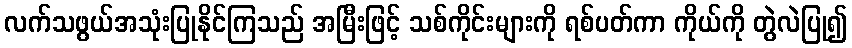
လက်သဖွယ်အသုံးပြုနိုင်ကြသည် အမြီးဖြင့် သစ်ကိုင်းများကို ရစ်ပတ်ကာ ကိုယ်ကို တွဲလဲပြု၍